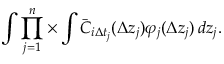
\int \prod _ { j = 1 } ^ { n } \times \int \bar { C } _ { i \Delta t _ { j } } ( \Delta z _ { j } ) \varphi _ { j } ( \Delta z _ { j } ) \mathop { } \! { d { z _ { j } } } .